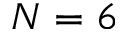
N = 6